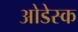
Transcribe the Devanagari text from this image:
ओडेस्क